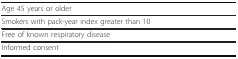
<table><thead><tr><td><b>Age 45 years or older</b></td></tr></thead><tbody><tr><td>Smokers with pack-year index greater than 10</td></tr><tr><td>Free of known respiratory disease</td></tr><tr><td>Informed consent</td></tr></tbody></table>